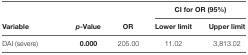
<table><thead><tr><td rowspan="2"><b>Variable</b></td><td rowspan="2"><b><i>p</i>-Value</b></td><td rowspan="2"><b>OR</b></td><td colspan="2"><b>CI for OR (95%)</b></td></tr><tr><td><b>Lower limit</b></td><td><b>Upper limit</b></td></tr></thead><tbody><tr><td>DAI (severe)</td><td><b>0.000</b></td><td>205.00</td><td>11.02</td><td>3,813.02</td></tr></tbody></table>